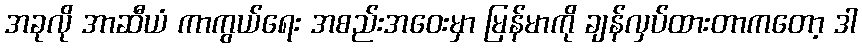
အခုလို အာဆီယံ ကာကွယ်ရေး အစည်းအဝေးမှာ မြန်မာကို ချန်လှပ်ထားတာကတော့ ဒါ